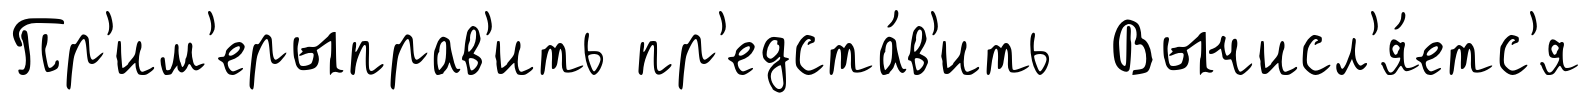
Пр'им'ерыправ'ить пр'едста́в'ить Вычисл'я́етс'я